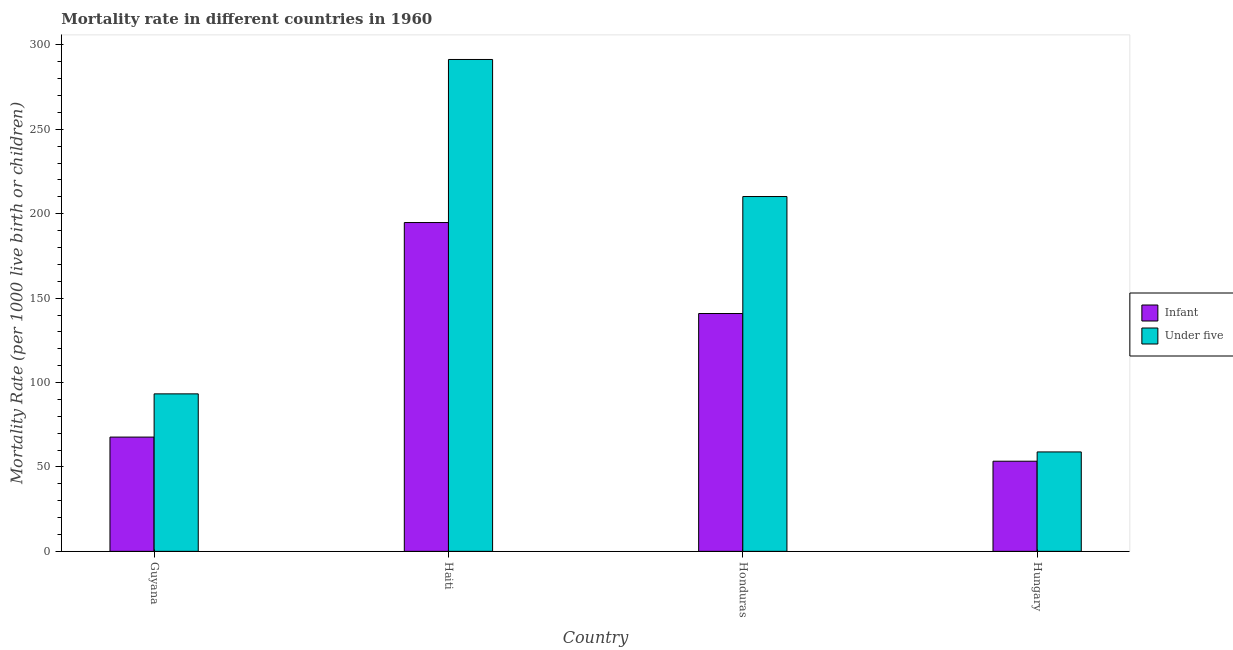
| Country | Infant | Under five |
 | --- | --- | --- |
 | Guyana | 67.7 | 93.3 |
 | Haiti | 195 | 291 |
 | Honduras | 141 | 210 |
 | Hungary | 53.4 | 58.9 |